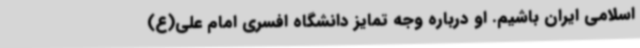
اسلامی ایران باشیم. او درباره وجه تمایز دانشگاه افسری امام علی(ع)